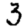
Digit: 3